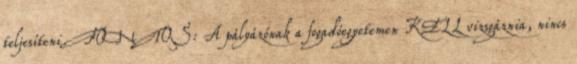
teljesíteni. FONTOS: A pályázónak a fogadóegyetemen KELL vizsgáznia, nincs